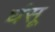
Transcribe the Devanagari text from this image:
घंसू